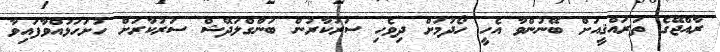
ރާއްޖޭގެ ތަރައްޤީއަށް ބޭނުންވާ އެހީ ހޯދުމަށް ދިވެހި ސަރުކާރުން ބަންގްލަދޭޝް ސަރުކާރަށް ހުށަހަޅުއްވާފައިވާ